Report on vaccination in Madras 1904-1921 - 1904-1921
Year: 1904
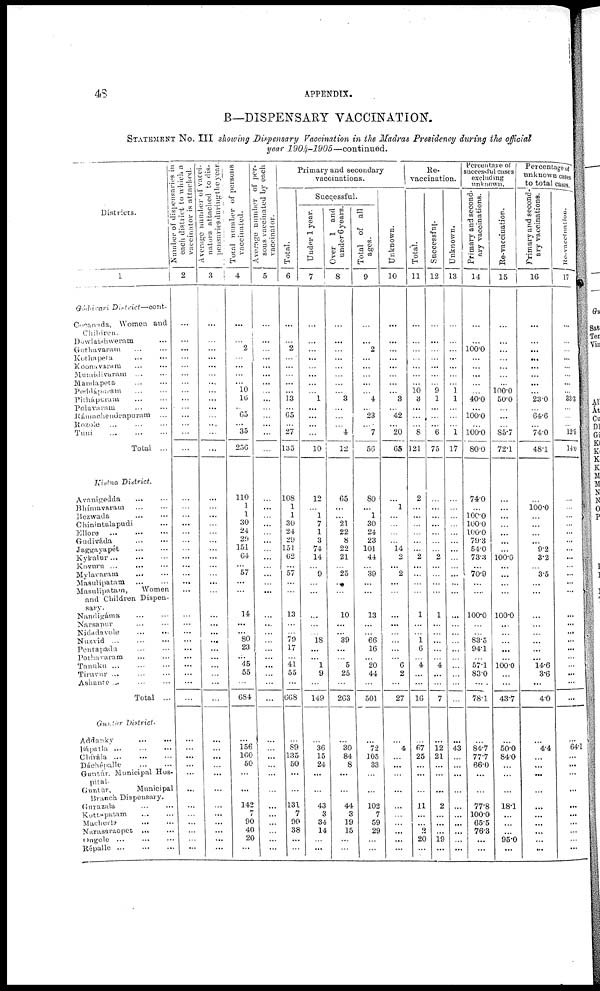
48
APPENDIX.
B—DISPENSARY VACCINATION.
STATEMENT No. III showing Dispensary Vaccination in the Madras Presidency during the official
year 1904-1905—continued.
Districts.
1
Gódáveri District— cont.
Canada,
Women and
Children.
Dowlaishweram ...
Gothavarum
...
...
Kothapeta ... ...
Koonavaram
...
...
Mumidivaram
...
...
Mandapeta
...
...
Peddápuram
...
...
Pithápuram
...
...
Polavaram
...
...
Rámachendrapuram
...
Rozole ... ... ...
Tuni ... ... ...
Total ...
Kistna
District.
Avanigedda
...
...
Bhímavaram
...
...
Bezwada ... ...
Chinintalapudi ...
Ellore
...
...
...
Gudiváda ... ...
Jaggayapét
...
...
Kykalur
...
...
...
Kovuru ...
...
...
Mylavaram
...
...
Masulipatam
...
...
Masulipatam,
Women
and Children Dispen-
sary.
Nandigáma
...
...
Narsapur ... ...
Nidadavole
...
...
Nuzvid
...
...
...
Pentapadu ... ...
Pothavaram ... ...
Tanuku ... ... ...
Tirnvur ...
...
...
Ashante ...
...
...
Total ..
Guntur
District.
Addanky
...
...
Bápatla
...
...
...
Chírála ... ... ...
Dáchépalle ... ... ...
Guntúr Municipal Hos¬
pital.
Guntúr,
Municipal
Branch Dispensary.
Gurazala ... ...
Kottapatam ... ...
Machezerle ... ...
Narasaraopet
... ...
Ongole ... ... ...
Répalle
...
...
...
Number of dispensaries in
each
district to which a
vaccinator is attached.
2
...
...
...
...
...
...
...
...
...
...
...
...
...
...
...
...
...
...
...
...
...
...
...
...
...
...
...
...
...
...
...
...
...
...
...
...
...
...
...
...
...
...
...
...
...
...
...
...
Average number of vacci-
nators attached to dis¬
pensaries
during
the year.
3
...
...
...
...
...
...
...
...
...
...
...
...
...
...
...
...
...
...
...
...
...
...
...
...
...
...
...
...
...
...
...
...
...
...
...
...
...
...
...
...
...
...
...
...
...
...
...
...
Total number of persons
vaccinated.
4
...
...
2
...
...
...
...
10
16
...
65
...
35
256
110
1
1
30
24
29
151
64
...
57
...
...
14
...
...
80
23
...
45
55
...
684
...
156
160
50
...
...
142
7
90
40
20
...
Average number of per-
sons vaccinated by each
vaccinator.
5
...
...
...
...
...
...
...
...
...
...
...
...
...
...
...
...
...
...
...
...
...
...
...
...
...
...
...
...
...
...
...
...
...
...
...
...
...
...
...
...
...
...
...
...
...
...
...
...
Primary and secondary
vaccinations.
Total.
6
...
...
2
...
...
...
...
...
13
...
65
...
27
135
108
1
1
30
24
29
151
62
...
57
...
...
13
...
...
79
17
...
41
55
...
668
...
89
135
50
...
...
131
7
90
38
...
...
Successful.
Under 1 year.
7
...
...
...
...
...
...
...
...
1
...
...
...
...
10
12
...
1
7
1
3
74
14
...
9
...
...
...
...
...
18
...
... 1
9
...
149
...
36
15
24
...
...
43
3
34
14
...
...
Over 1 and
under 6 years.
8
...
...
...
...
...
...
...
...
3
...
...
...
4
12
65
...
...
21
22
8
22
21
...
25
...
...
10
...
...
39
...
...
5
25
...
263
...
30
84
8
...
...
44
3
19
15
...
...
Total of all
ages.
9
...
...
2
...
...
...
...
...
4
...
23
...
7
56
80
...
1
30
24
23
101
44
...
39
...
...
13
...
...
66
16
...
20
44
...
501
...
72
105
33
...
...
102
7
59
29
...
...
Unknown.
10
...
...
...
...
...
...
...
...
3
...
42
...
20
65
...
1
...
...
...
...
14
2
...
2
...
...
...
...
...
...
...
... 6
2
...
27
...
4
...
...
...
...
...
...
...
...
...
...
Re¬
vaccination.
Total.
11
...
...
...
...
...
...
...
10
3
...
...
...
8
121
2
...
...
...
...
...
...
2
...
...
...
...
1
...
...
1 6
...
4
...
...
16
...
67
25
...
...
...
11
...
...
2
20
...
Successful.
12
...
...
...
...
...
...
...
9
1
...
...
...
6
75
...
...
...
...
...
...
...
2
...
...
...
...
1
...
...
...
...
...
4
...
...
7
...
12
21
...
...
...
2
...
...
...
19
...
Unknown.
13
...
...
...
...
...
...
...
1
1
...
...
...
1
17
...
...
...
...
...
...
...
...
...
...
...
...
...
...
...
...
...
...
...
...
...
...
...
43
...
...
...
...
...
...
...
...
...
...
Percentage of
successful cases
excluding
unknown.
Primary and second-
ary vaccinations.
14
...
...
100.0
...
...
...
...
...
40.0
...
100.0
...
100.0
80.0
74.0
...
100.0
100.0
100.0
79.3
54.0
73.3
...
76.9
...
...
100.0
...
...
83.5
94.1
...
57.1
83.0
...
78.1
...
84.7
77.7
66.0
...
...
77.8
100.0
65.5
76.3
...
...
Re-vaccination.
15
...
...
...
...
...
...
...
100.0
50.0
...
...
...
85.7
72.1
...
...
...
...
...
...
...
100.0
...
...
...
...
100.0
...
...
...
...
...
100.0
...
...
43.7
...
50.0
84.0
...
...
...
18.1
...
...
...
95.0
...
Percentage of
unknown cases
to total cases.
Primary and second-
ary vaccinations.
16
...
...
...
...
...
...
...
...
23.0
...
64.6
...
74.0
48.1
...
100.0
...
...
...
...
9.2
3.2
...
3.5
...
...
...
...
...
...
...
...
14.6
3.6
...
4.0
...
4.4
...
...
...
...
...
...
...
...
...
...
Re-vaccination.
17
...
...
...
...
...
...
...
...
33.3
...
...
...
12.5
14.0
...
...
...
...
...
...
...
...
...
...
...
...
...
...
...
...
...
...
...
...
...
...
...
64.1
...
...
...
...
...
...
...
...
...
...